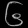
Digit: ၆